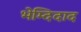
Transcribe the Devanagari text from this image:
भेम्दिदाद